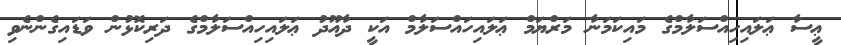
ޢީސާ ޢަލައިހިއްސަލާމްގެ މައިކަމަނާ މަރްޔަމް ޢަލައިހައްސަލާމް އަކީ ދާއޫދު ޢަލައިހިއްސަލާމްގެ ދަރިކޮޅުން ވަޑައިގެންނެވި